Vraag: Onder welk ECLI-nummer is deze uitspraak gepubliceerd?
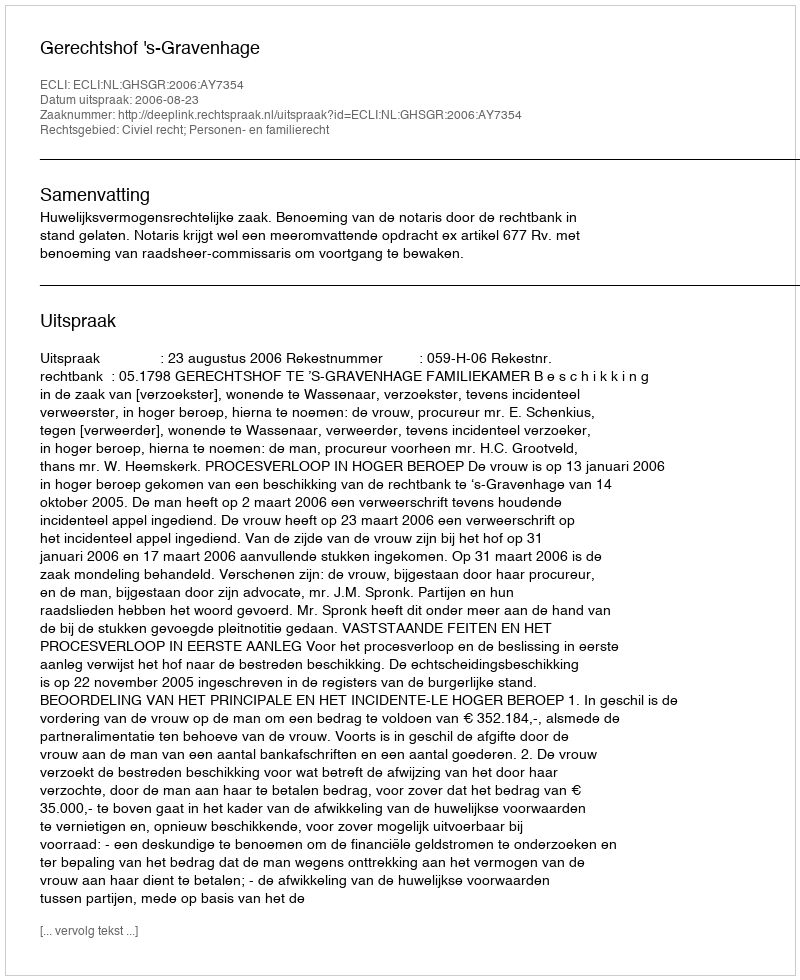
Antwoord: ECLI:NL:GHSGR:2006:AY7354